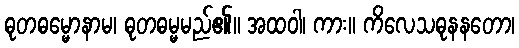
ဓုတဓမ္မောနာမ၊ ဓုတဓမ္မမည်၏။ အထဝါ၊ ကား။ ကိလေသဓုနနတော၊